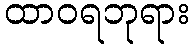
ထာဝရဘုရား